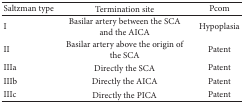
<table><thead><tr><td><b>Saltzman type</b></td><td><b>Termination site</b></td><td><b>Pcom</b></td></tr></thead><tbody><tr><td>I</td><td>Basilar artery between the SCA and the AICA</td><td>Hypoplasia</td></tr><tr><td>II</td><td>Basilar artery above the origin of the SCA</td><td>Patent</td></tr><tr><td>IIIa</td><td>Directly the SCA</td><td>Patent</td></tr><tr><td>IIIb</td><td>Directly the AICA</td><td>Patent</td></tr><tr><td>IIIc</td><td>Directly the PICA</td><td>Patent</td></tr></tbody></table>